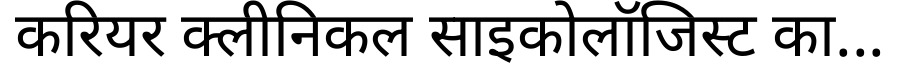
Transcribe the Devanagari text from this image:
करियर क्लीनिकल साइकोलॉजिस्ट का...